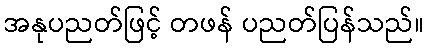
အနုပညတ်ဖြင့် တဖန် ပညတ်ပြန်သည်။